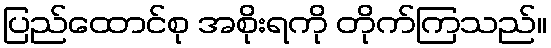
ပြည်ထောင်စု အစိုးရကို တိုက်ကြသည်။